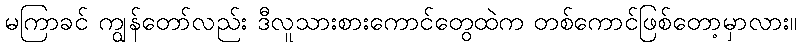
မကြာခင် ကျွန်တော်လည်း ဒီလူသားစားကောင်တွေထဲက တစ်ကောင်ဖြစ်တော့မှာလား။